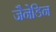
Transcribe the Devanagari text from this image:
जैनेडिन